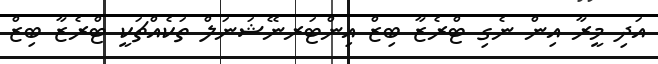
އަދި މީރާ އިން ނެގި ޓްރެޒާ ބިޒް އިންޓަރނޭޝަނަލް ތަކެއްޗަކީ ޓްރެޒާ ބިޒް